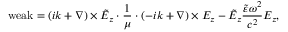
\operatorname { w e a k } = ( i \boldsymbol { k } + \nabla ) \times \tilde { E } _ { z } \cdot \frac { 1 } { \mu } \cdot ( - i \boldsymbol { k } + \nabla ) \times E _ { z } - \tilde { E } _ { z } \frac { \tilde { \mathcal { \varepsilon } } \omega ^ { 2 } } { c ^ { 2 } } E _ { z } ,